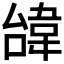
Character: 𩎞